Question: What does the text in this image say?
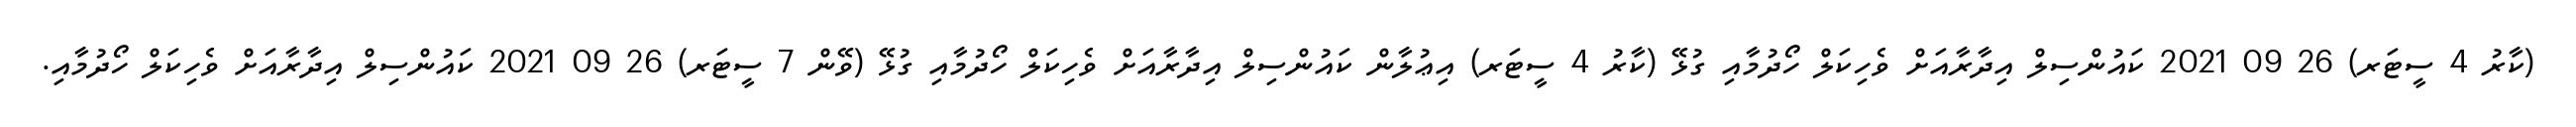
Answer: (ކާރު 4 ސީޓަރ) 26 09 2021 ކައުންސިލް އިދާރާއަށް ވެހިކަލް ހޯދުމާއި ގުޅޭ (ކާރު 4 ސީޓަރ) އިޢުލާން ކައުންސިލް އިދާރާއަށް ވެހިކަލް ހޯދުމާއި ގުޅޭ (ވޭން 7 ސީޓަރ) 26 09 2021 ކައުންސިލް އިދާރާއަށް ވެހިކަލް ހޯދުމާއި.